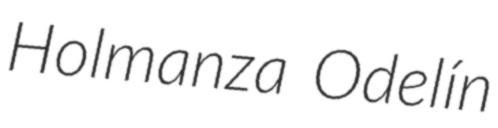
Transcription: Holmanza Odelín